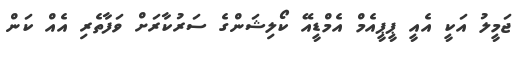
ޖަމީލު އަކީ އެއީ ޕީޕީއެމް އެމްޑީއޭ ކޯލިޝަންގެ ސަރުކާރަށް ވަފާތެރި އެއް ކަން